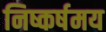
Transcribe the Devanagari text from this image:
निष्कर्षमय